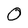
Character: O